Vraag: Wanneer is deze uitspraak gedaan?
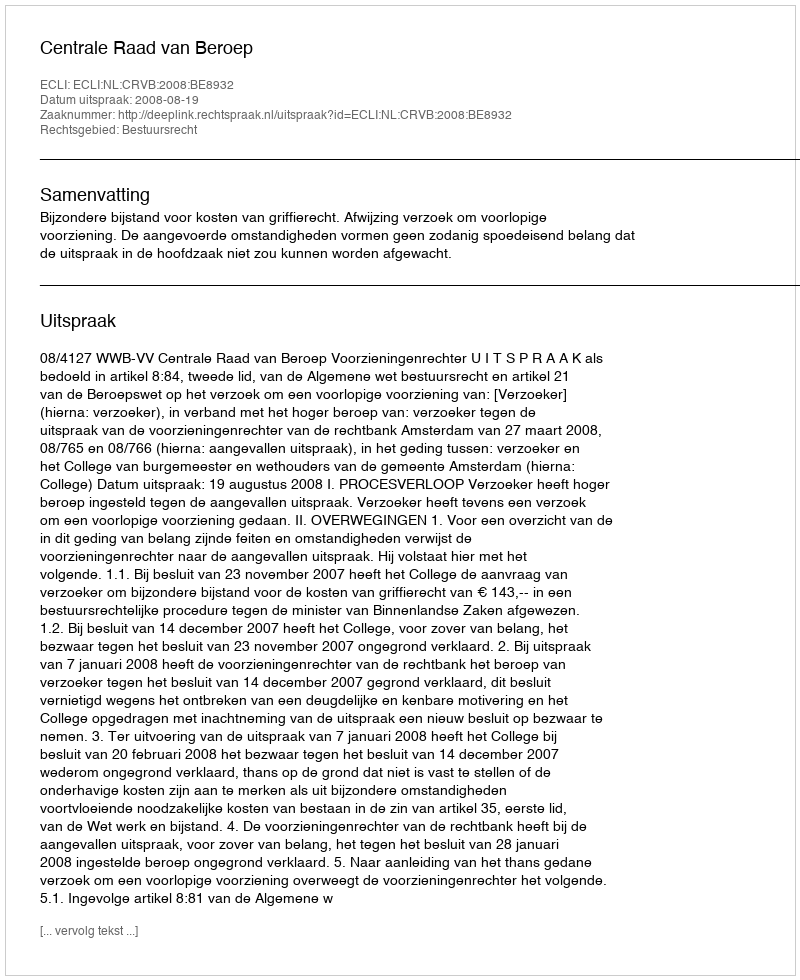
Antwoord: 2008-08-19